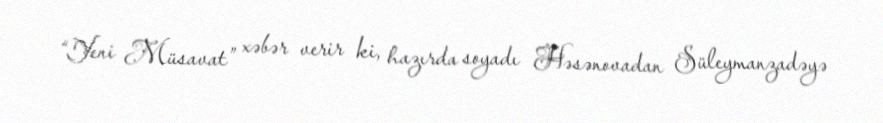
“Yeni Müsavat” xəbər verir ki, hazırda soyadı Həsənovadan Süleymanzadəyə